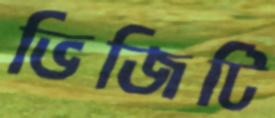
ভিজিটি